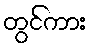
တွင်ကား